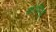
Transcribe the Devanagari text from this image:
कोमिकू